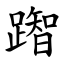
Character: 䠦